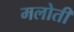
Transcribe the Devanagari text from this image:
मलोती